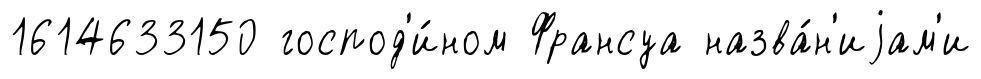
1614633150 господ'и́ном Франсуа назва́н'иjам'и